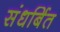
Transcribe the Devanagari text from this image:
संधर्बित